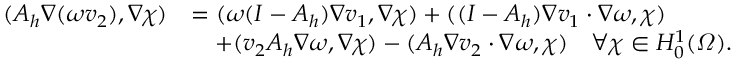
\begin{array} { r l } { ( A _ { h } \nabla ( \omega v _ { 2 } ) , \nabla \chi ) } & { = ( \omega ( I - A _ { h } ) \nabla v _ { 1 } , \nabla \chi ) + ( ( I - A _ { h } ) \nabla v _ { 1 } \cdot \nabla \omega , \chi ) } \\ & { \quad + ( v _ { 2 } A _ { h } \nabla \omega , \nabla \chi ) - ( A _ { h } \nabla v _ { 2 } \cdot \nabla \omega , \chi ) \quad \forall \chi \in H _ { 0 } ^ { 1 } ( \varOmega ) . } \end{array}